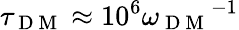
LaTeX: \tau_{\mathrm{~D~M~}}\approx 10^{6}{\omega_{\mathrm{~D~M~}}}^{-1}